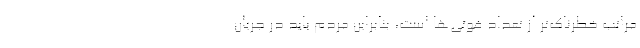
مراتب خطرناک‌تر از تعداد فوتی‌ها است، بنابراین مردم باید در جریان